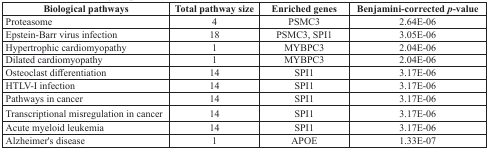
<table><thead><tr><td><b>Biological pathways</b></td><td><b>Total pathway size</b></td><td><b>Enriched genes</b></td><td><b>Benjamini-corrected <i>p</i>-value</b></td></tr></thead><tbody><tr><td>Proteasome</td><td>4</td><td>PSMC3</td><td>2.64E-06</td></tr><tr><td>Epstein-Barr virus infection</td><td>18</td><td>PSMC3, SPI1</td><td>3.05E-06</td></tr><tr><td>Hypertrophic cardiomyopathy</td><td>1</td><td>MYBPC3</td><td>2.04E-06</td></tr><tr><td>Dilated cardiomyopathy</td><td>1</td><td>MYBPC3</td><td>2.04E-06</td></tr><tr><td>Osteoclast differentiation</td><td>14</td><td>SPI1</td><td>3.17E-06</td></tr><tr><td>HTLV-I infection</td><td>14</td><td>SPI1</td><td>3.17E-06</td></tr><tr><td>Pathways in cancer</td><td>14</td><td>SPI1</td><td>3.17E-06</td></tr><tr><td>Transcriptional misregulation in cancer</td><td>14</td><td>SPI1</td><td>3.17E-06</td></tr><tr><td>Acute myeloid leukemia</td><td>14</td><td>SPI1</td><td>3.17E-06</td></tr><tr><td>Alzheimer&#x27;s disease</td><td>1</td><td>APOE</td><td>1.33E-07</td></tr></tbody></table>